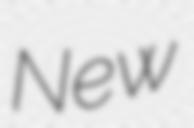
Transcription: New